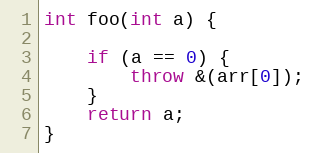
Language: C++
int foo(int a) {

    if (a == 0) {
        throw &(arr[0]);
    }
    return a;
}